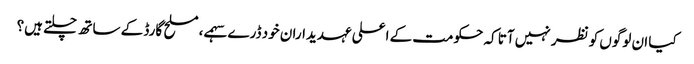
کیا ان لوگوں کو نظر نہیں آتا کہ حکومت کے اعلی عہدیداران خود ڈرے سہمے، مسلح گارڈ کے ساتھ چلتے ہیں؟